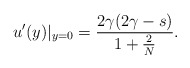
\begin{align*}u'(y){|_{y=0}}=\frac{2\gamma (2\gamma-s)}{1+\frac{2}{N}}.\end{align*}